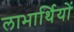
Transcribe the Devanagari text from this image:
लाभार्थियों